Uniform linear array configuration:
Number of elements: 48
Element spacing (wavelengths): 0.25
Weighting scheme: binomial
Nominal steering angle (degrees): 15
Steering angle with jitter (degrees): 16.512
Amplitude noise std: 0.05
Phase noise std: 0.05

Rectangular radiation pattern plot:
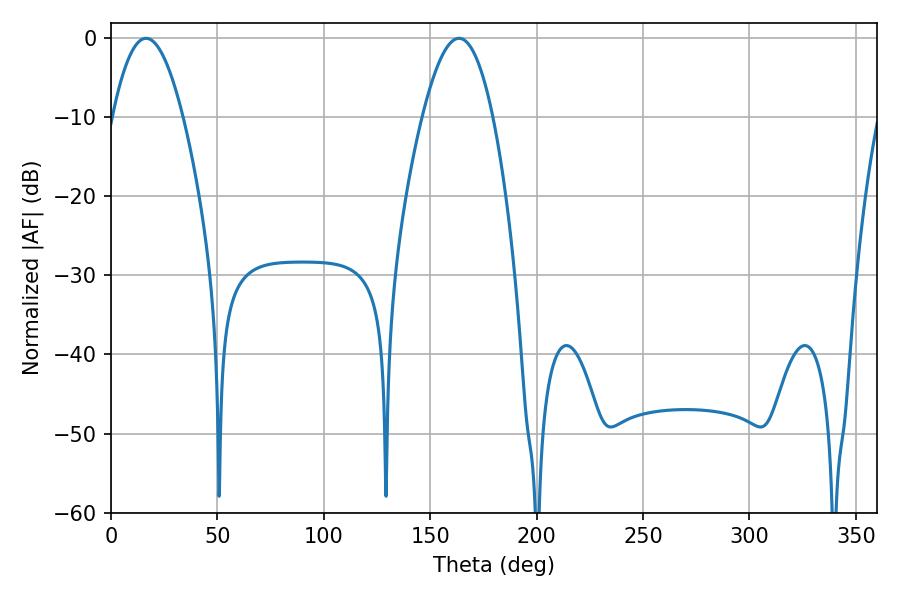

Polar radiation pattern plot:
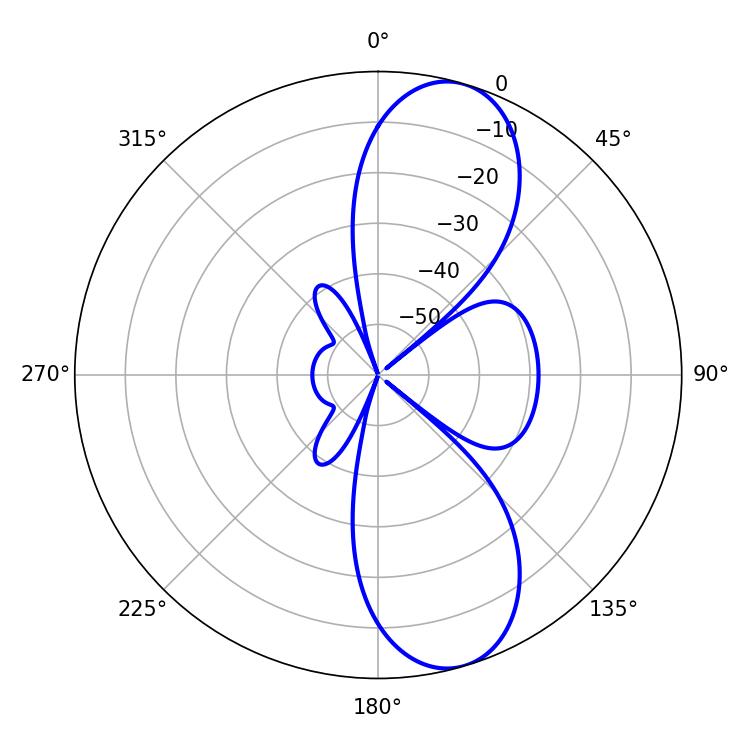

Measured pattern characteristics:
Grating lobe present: FALSE
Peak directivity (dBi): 10.059
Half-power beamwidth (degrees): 18
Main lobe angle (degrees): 16.56